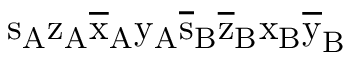
\mathrm { s _ { A } \mathrm { z _ { A } \mathrm { \overline { { x } } _ { A } \mathrm { y _ { A } \mathrm { \overline { { s } } _ { B } \mathrm { \overline { { z } } _ { B } \mathrm { x _ { B } \mathrm { \overline { { y } } _ { B } } } } } } } } }